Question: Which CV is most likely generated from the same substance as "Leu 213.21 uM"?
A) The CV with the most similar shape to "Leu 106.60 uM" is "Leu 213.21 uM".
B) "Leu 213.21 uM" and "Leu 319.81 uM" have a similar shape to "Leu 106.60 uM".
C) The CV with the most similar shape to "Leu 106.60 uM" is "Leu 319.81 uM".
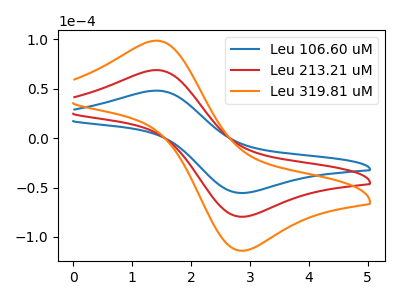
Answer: <think>The blue curve "Leu 106.60 uM" has an anodic peak at (1.40V, 48.00uA) and a cathodic peak at (2.90V, -55.50uA). The red curve "Leu 213.21 uM" has an anodic peak at (1.40V, 68.80uA) and a cathodic peak at (2.90V, -79.50uA). The orange curve "Leu 319.81 uM" has an anodic peak at (1.40V, 137.55uA) and a cathodic peak at (2.90V, -159.00uA).
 All the peaks in "Leu 106.60 uM" have a peak in "Leu 213.21 uM" at the same potential. Every peak in "Leu 106.60 uM" is lower than every peak in "Leu 213.21 uM". All the peaks in "Leu 106.60 uM" have a peak in "Leu 319.81 uM" at the same potential. Every peak in "Leu 106.60 uM" is lower than every peak in "Leu 319.81 uM". All the peaks in "Leu 213.21 uM" have a peak in "Leu 319.81 uM" at the same potential. Every peak in "Leu 213.21 uM" is lower than every peak in "Leu 319.81 uM".</think>
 <answer>B) "Leu 213.21 uM" and "Leu 319.81 uM" have a similar shape to "Leu 106.60 uM".</answer>
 <eval>B</eval>